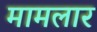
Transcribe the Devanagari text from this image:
मामलार